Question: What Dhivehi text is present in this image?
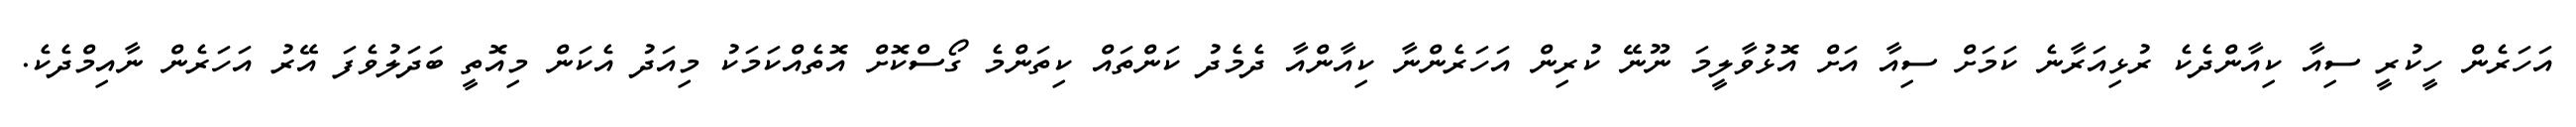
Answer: އަހަރެން ހީކުރީ ސިއާ ކިއާންދެކެ ރުޅިއަރާނެ ކަމަށް ސިއާ އަށް އޮޅުވާލީމަ ނޫނޭ ކުރިން އަހަރެންނާ ކިއާންއާ ދެމެދު ކަންތައް ކިތަންމެ ގޯސްކޮށް އޮތެއްކަމަކު މިއަދު އެކަން މިއޮތީ ބަދަލުވެފަ އޭރު އަހަރެން ނާއިމްދެކެ.